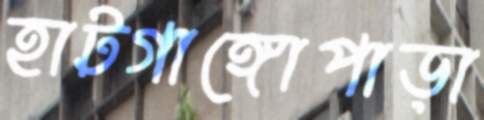
হাটগাঙ্গোপাড়া